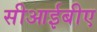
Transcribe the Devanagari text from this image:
सीआईबीए